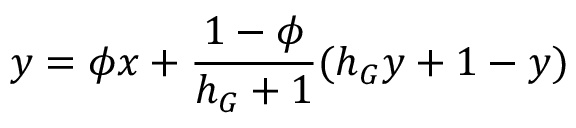
y = \phi x + \frac { 1 - \phi } { h _ { G } + 1 } ( h _ { G } y + 1 - y )